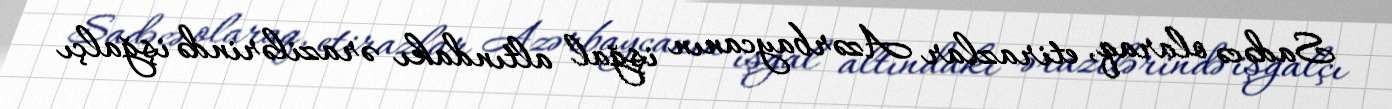
Sadəcə olaraq, etirazlar Azərbaycanın işğal altındakı ərazilərində işğalçı